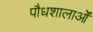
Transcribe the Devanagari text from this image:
पौधशालाओं